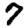
Digit: 7